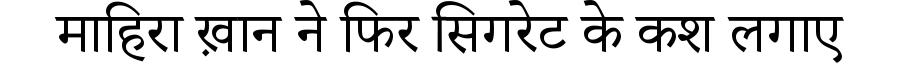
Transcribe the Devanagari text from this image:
माहिरा ख़ान ने फिर सिगरेट के कश लगाए